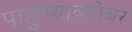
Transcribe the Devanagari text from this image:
पाहुण्याबरोबर